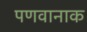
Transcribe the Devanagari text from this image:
पणवानाक